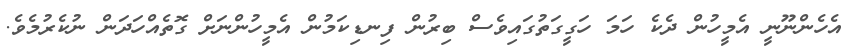
އެހެންނޫނީ އެމީހުން ދެކެ ހަމަ ހަގީގަތުގައިވެސް ބިރުން ފިނޑިކަމުން އެމީހުންނަށް ގޮތެއްހަދަން ނުކެރުމެވެ.